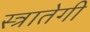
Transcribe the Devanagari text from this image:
स्त्रातेगी